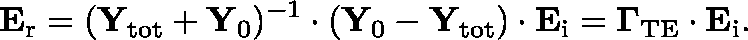
\mathbf { E } _ { \mathrm { r } } = ( \mathbf { Y } _ { \mathrm { t o t } } + \mathbf { Y } _ { 0 } ) ^ { - 1 } \cdot ( \mathbf { Y } _ { 0 } - \mathbf { Y } _ { \mathrm { t o t } } ) \cdot \mathbf { E } _ { \mathrm { i } } = \mathbf { \Gamma } _ { \mathrm { T E } } \cdot \mathbf { E } _ { \mathrm { i } } .